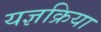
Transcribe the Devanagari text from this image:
यज्ञक्रिया